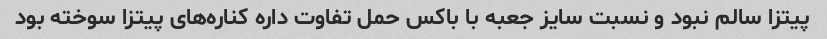
پیتزا سالم نبود و نسبت سایز جعبه با باکس حمل تفاوت داره کناره‌های پیتزا سوخته بود